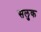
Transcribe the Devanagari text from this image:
सलुक